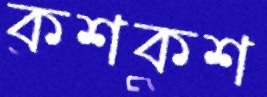
কশকশ